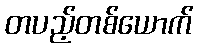
တပည့်တစ်ယောက်